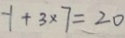
- 1 + 3 \times 7 = 2 0